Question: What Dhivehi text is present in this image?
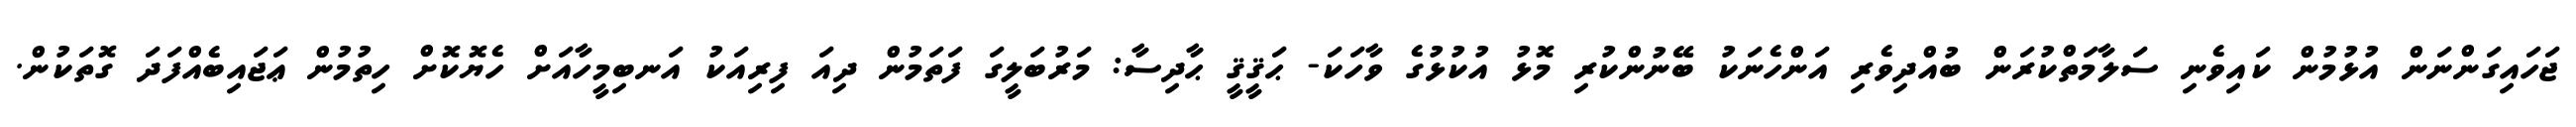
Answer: ޖަހައިގަންނަން އުޅުމުން ކައިވެނި ސަލާމަތްކުރަން ބުއްދިވެރި އަންހެނަކު ބޭނުންކުރި މޮޅު އުކުޅުގެ ވާހަކަ- ޙަޤީޤީ ޙާދިސާ: މަރުބަލީގަ ފަތަމުން ދިއަ ފިރިއަކު އަނބިމީހާއަށް ހެޔޮކޮށް ހިތުމުން ޢަޖައިބެއްފަދަ ގޮތަކުން.